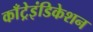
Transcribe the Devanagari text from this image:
काँट्रेइंडिकेशन